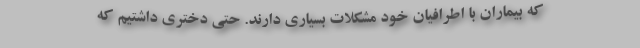
که بیماران با اطرافیان خود مشکلات بسیاری دارند. حتی دختری داشتیم که